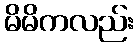
မိမိကလည်း